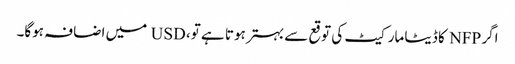
اگر NFP کا ڈیٹا مارکیٹ کی توقع سے بہتر ہوتا ہے تو، USD میں اضافہ ہوگا۔